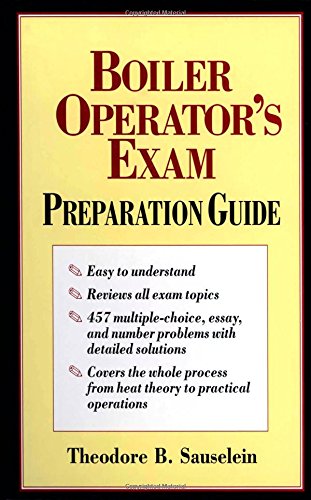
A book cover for Boiler Operator's Exam Preparation Guide; Theodore Sauselein; Test Preparation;